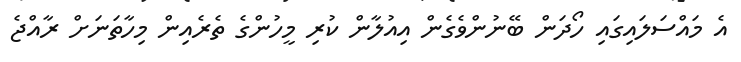
އެ މައްސަލައިގައި ހޯދަން ބޭނުންވެގެން އިއުލާން ކުރި މީހުންގެ ތެރެއިން މިހާތަނަށް ރާއްޖެ